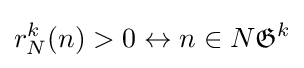
r_{N}^{k}(n)>0\leftrightarrow n\in N{\mathfrak {G}}^{k}